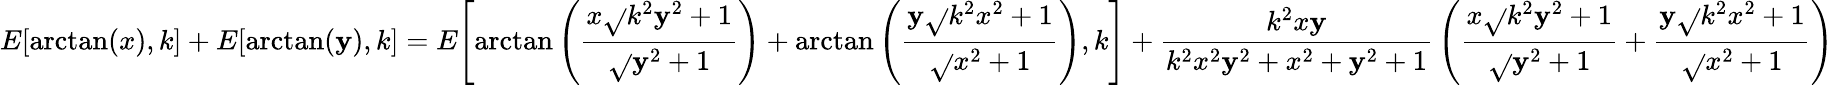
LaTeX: E{\left[\arctan(x),k\right]}+E{\left[\arctan(\mathbf{y}),k\right]}=E{\left[\arctan\left({\frac{{x{\sqrt{}{{k^{2}\mathbf{y}^{2}+1}}}}}{{\sqrt{}{{\mathbf{y}^{2}+1}}}}}\right)+\arctan\left({\frac{{\mathbf{y}{\sqrt{}{{k^{2}x^{2}+1}}}}}{{\sqrt{}{{x^{2}+1}}}}}\right),k\right]}+{\frac{{k^{2}x\mathbf{y}}}{{k^{2}x^{2}\mathbf{y}^{2}+x^{2}+\mathbf{y}^{2}+1}}}\left({\frac{{x{\sqrt{}{{k^{2}\mathbf{y}^{2}+1}}}}}{{\sqrt{}{{\mathbf{y}^{2}+1}}}}}+{\frac{{\mathbf{y}{\sqrt{}{{k^{2}x^{2}+1}}}}}{{\sqrt{}{{x^{2}+1}}}}}\right)